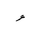
Letter: _waw